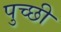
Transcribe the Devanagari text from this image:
पुच्छी